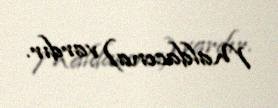
Maldacena) vardır.